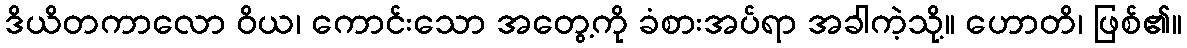
ဒိယိတကာလော ဝိယ၊ ကောင်းသော အတွေ့ကို ခံစားအပ်ရာ အခါကဲ့သို့။ ဟောတိ၊ ဖြစ်၏။